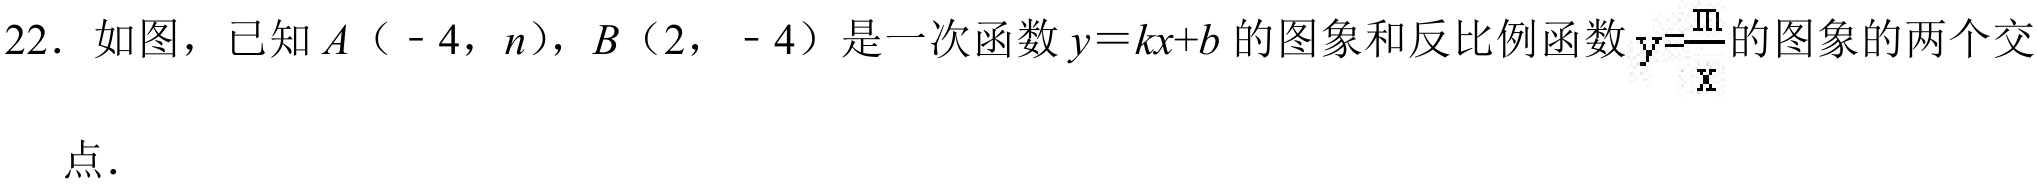
22. 如图，已知\(A(-4,n)\)，\(B(2,-4)\)是一次函数\(y = kx + b\)的图象和反比例函数\(y=\dfrac{m}{x}\)的图象的两个交点.